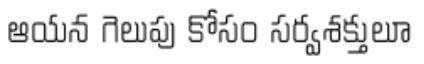
ఆయన గెలుపు కోసం సర్వశక్తులూ